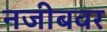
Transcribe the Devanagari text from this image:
नजीबवर